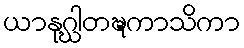
ယာနုဂ္ဃါတဍ္ဎကာသိကာ